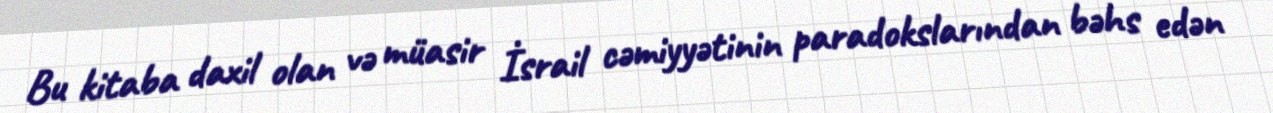
Bu kitaba daxil olan və müasir İsrail cəmiyyətinin paradokslarından bəhs edən